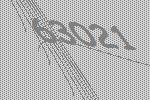
63021